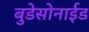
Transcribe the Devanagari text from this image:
बुडेसोनाईड